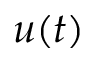
u ( t )